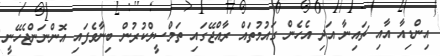
އިންޑިއާ އާއި ޗައިނާ އަދި އެހެން ގައުމުތައް ރާއްޖޭގައި ތަމްސީލްކުރުން ބިނާވެފައި އޮންނަންޖެހޭނީ